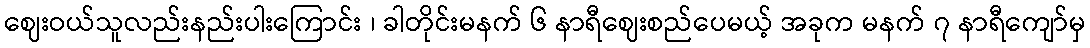
ဈေးဝယ်သူလည်းနည်းပါးကြောင်း ၊ ခါတိုင်းမနက် ၆ နာရီဈေးစည်ပေမယ့် အခုက မနက် ၇ နာရီကျော်မှ